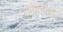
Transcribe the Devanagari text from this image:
अभिनयकृत